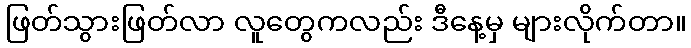
ဖြတ်သွားဖြတ်လာ လူတွေကလည်း ဒီနေ့မှ များလိုက်တာ။